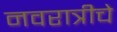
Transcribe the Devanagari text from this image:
नवरात्रीचे